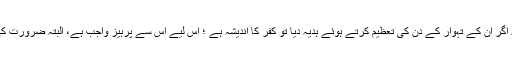
غیر مسلم کو ان کے مذہبی تہوار پر ہدیہ دینا محبت اور تعلق کی علامت ہے، جو شرعاً ناجائز ہے، بلکہ اگر ان کے تہوار کے دن کی تعظیم کرتے ہوئے ہدیہ دیا تو کفر کا اندیشہ ہے ؛ اس لیے اس سے پرہیز واجب ہے، البتہ ضرورت کی حد تک رسمی تعلق رکھنا اور اچھے اخلاق کے ساتھ پیش آنا نہ صرف جائز ، بلکہ شرعاً مطلوب ہے۔